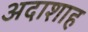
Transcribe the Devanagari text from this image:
अदाशाह